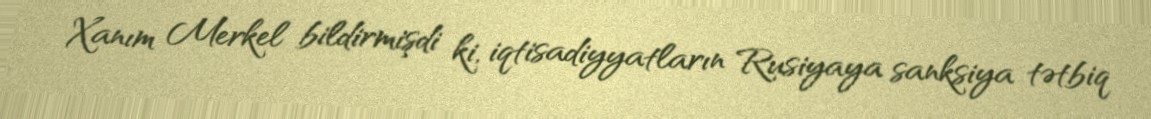
Xanım Merkel bildirmişdi ki, iqtisadiyyatların Rusiyaya sanksiya tətbiq